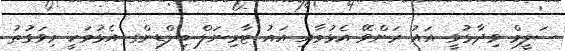
ސަލީމް ވިދާޅުވީ އައު ރަންވޭ އެޅުމާއި އައު ޓާމިނަލް ބިލްޑިންގ އެޅުމަކީ މިވަގުތު